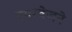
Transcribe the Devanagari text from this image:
एयरवेजने